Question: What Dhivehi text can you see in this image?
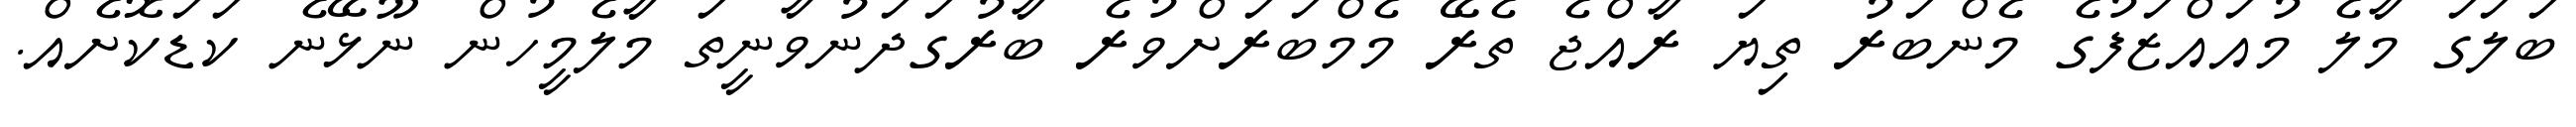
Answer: ބަލަގަ މާލެ މުއައްޒަފުގެ މެންބަރު ތިޔަ ރާއްޖެ ތެރޭ މެމްބަރަށްވުރެ ބާރުގަދަނުވާނީތަ މާލެމީހުން ނޫޅޭނެ ކަޑަކޮށެއް.